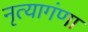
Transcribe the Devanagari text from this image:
नृत्यागंणा